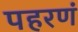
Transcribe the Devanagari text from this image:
पहरणं